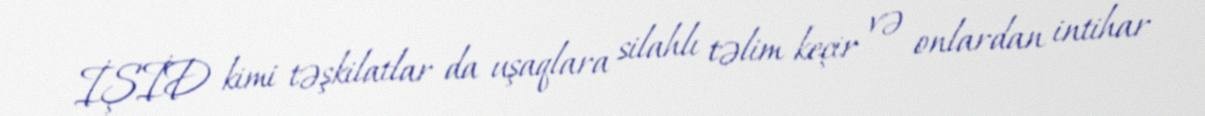
İŞİD kimi təşkilatlar da uşaqlara silahlı təlim keçir və onlardan intihar